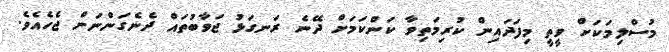
މުސްލިމަކަށް ވީތީ މިފަދައިން ކުރިމަތިވާ ކަންކަމަށް ދޭނެ ރަނގަޅު ޖަވާބުތައް ދެނެގަންނަން ޖެހެއެވެ.